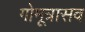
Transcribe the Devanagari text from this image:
गोमूत्रासव